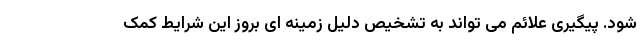
شود. پیگیری علائم می تواند به تشخیص دلیل زمینه ای بروز این شرایط کمک